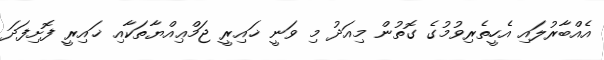
އެއްބާރުލައި އެހީތެރިވުމުގެ ގޮތުން މިއަދު މި ވަނީ ޚައިރީ ޖަމްޢިއްޔާތަކާއި ޚައިރީ ފޮށިފަދަ